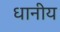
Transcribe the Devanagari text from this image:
धानीय